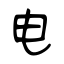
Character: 电